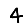
Digit: 4